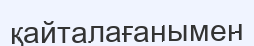
қайталағанымен